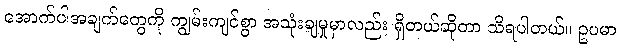
အောက်ပါအချက်တွေကို ကျွမ်းကျင်စွာ အသုံးချမှုမှာလည်း ရှိတယ်ဆိုတာ သိရပါတယ်။ ဥပမာ